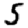
Digit: 5